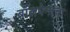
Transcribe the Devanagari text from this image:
बॉलपेनांचा